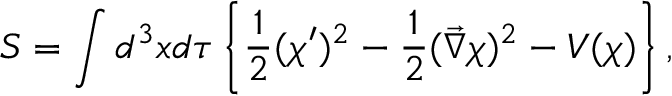
S = \int d ^ { 3 } x d \tau \left\{ \frac 1 2 ( \chi ^ { \prime } ) ^ { 2 } - \frac 1 2 ( \vec { \nabla } \chi ) ^ { 2 } - { \cal { V } } ( \chi ) \right\} ,